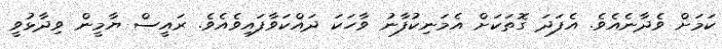
ކަމަށް ވެދާނެއެވެ. އެފަދަ ގޮތަކަށް އެމަނިކުފާނު ވާހަކަ ދައްކަވާފައިވެއެވެ. ރައީސް ޔާމީން ވިދާޅުވީ